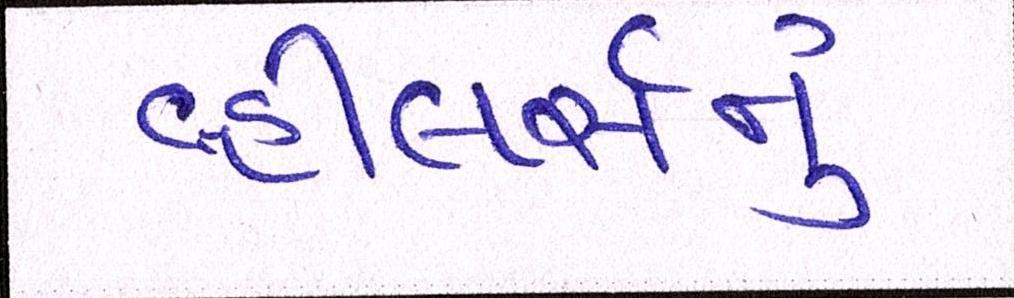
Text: વ્હીલર્સનું